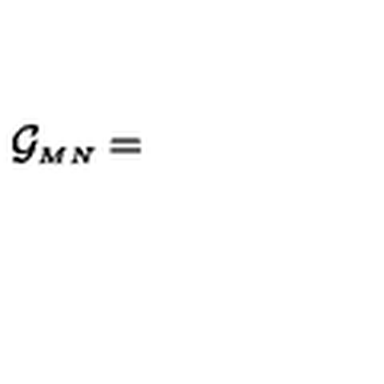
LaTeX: { \cal G } _ { \scriptscriptstyle M N } =